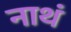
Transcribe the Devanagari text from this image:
नाथं